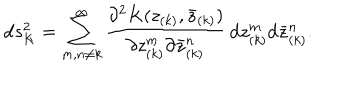
\mathrm { d } s _ { K } ^ { 2 } = \sum _ { m , n \neq k } ^ { \infty } { \frac { \partial ^ { 2 } K ( z _ { ( k ) } , { \bar { z } } _ { ( k ) } ) } { \partial z _ { ( k ) } ^ { m } \partial { \bar { z } } _ { ( k ) } ^ { n } } } \, \mathrm { d } z _ { ( k ) } ^ { m } \mathrm { d } { \bar { z } } _ { ( k ) } ^ { n } .